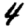
Digit: 4